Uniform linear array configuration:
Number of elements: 64
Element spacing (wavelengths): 0.5
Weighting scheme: uniform
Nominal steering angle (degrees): -30
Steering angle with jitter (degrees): -28.61
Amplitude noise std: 0.05
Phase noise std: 0.05

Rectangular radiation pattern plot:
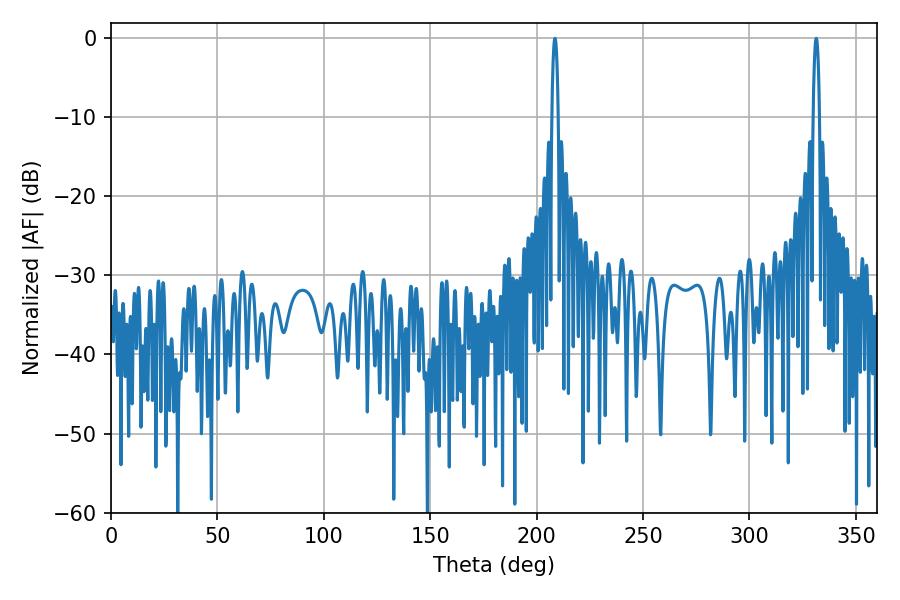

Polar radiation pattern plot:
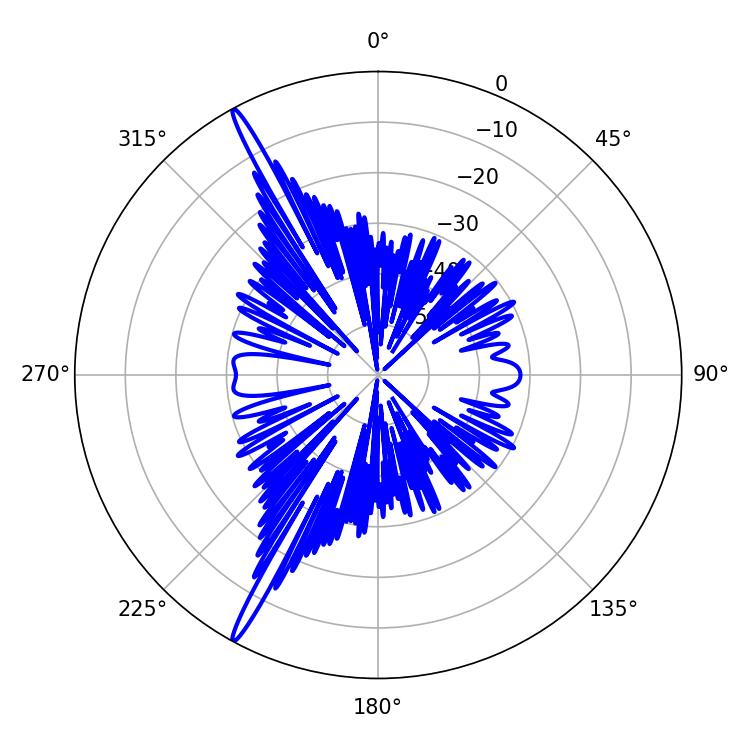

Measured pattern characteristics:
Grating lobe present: FALSE
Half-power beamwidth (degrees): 1.62
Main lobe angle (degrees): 208.62